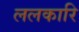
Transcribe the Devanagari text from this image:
ललकारि